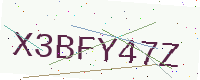
Text: X3BFY47Z